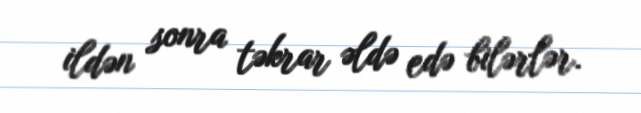
ildən sonra təkrar əldə edə bilərlər.